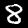
Label: 8